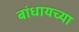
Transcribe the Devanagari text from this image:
बांधायच्या